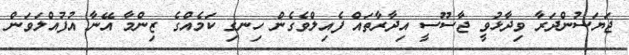
ޖަޔަސުންދަރާ ވިދާޅުވީ ޖާސޫސީ އިދާރާތައް ފެއިލްވެގެން ހިނގި ކަމެއްގެ ޒިންމާ އޭނާ އުފުއްލަވަން